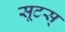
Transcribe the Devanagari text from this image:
सूटस्